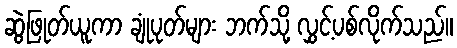
ဆွဲဖြုတ်ယူကာ ချုံပုတ်များ ဘက်သို့ လွှင့်ပစ်လိုက်သည်။